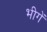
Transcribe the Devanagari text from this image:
भीगें